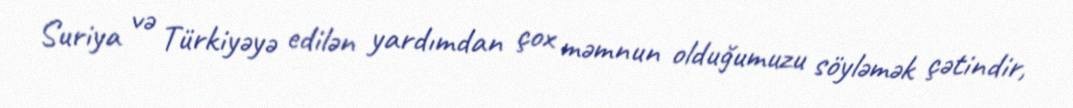
Suriya və Türkiyəyə edilən yardımdan çox məmnun olduğumuzu söyləmək çətindir,